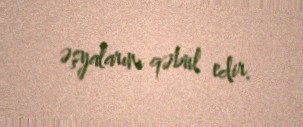
əşyalarını qəbul edir.